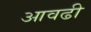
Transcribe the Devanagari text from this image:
आवढी